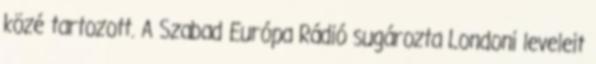
közé tartozott. A Szabad Európa Rádió sugározta Londoni leveleit